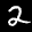
Label: 2